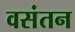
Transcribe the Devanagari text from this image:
वसंतन